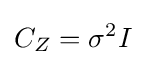
C_{Z}=\sigma ^{2}I